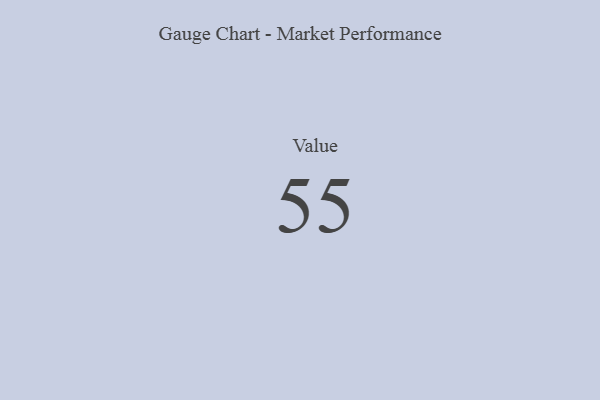
{"axis": {"x": "Metric", "y": "Value"}, "legend": [""], "data": [{"x": "Value", "y": 55, "type": ""}]}